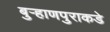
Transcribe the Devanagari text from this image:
बुऱ्हाणपुराकडे